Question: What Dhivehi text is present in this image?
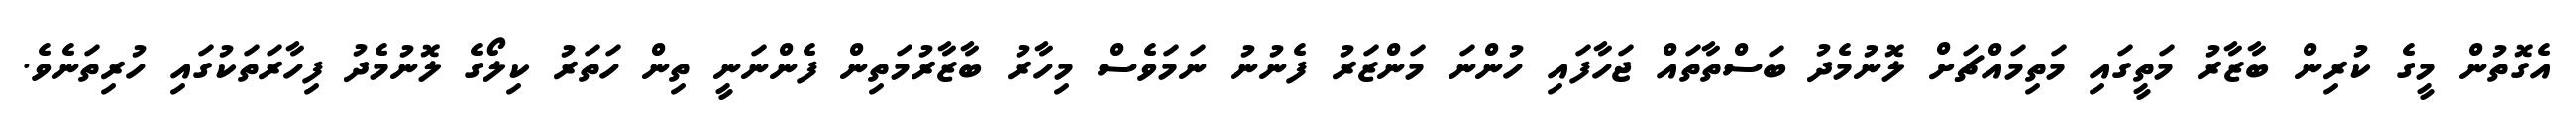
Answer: އެގޮތުން މީގެ ކުރިން ބާޒާރު މަތީގައި މަތިމައްޗަށް ލޮނުމެދު ބަސްތާތައް ޖަހާފައި ހުންނަ މަންޒަރު ފެނުނު ނަމަވެސް މިހާރު ބާޒާރުމަތިން ފެންނަނީ ތިން ހަތަރު ކިލޯގެ ލޮނުމެދު ފިހާރަތަކުގައި ހުރިތަނެވެ.